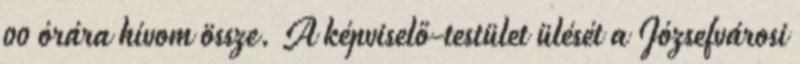
00 órára hívom össze. A képviselő-testület ülését a Józsefvárosi